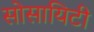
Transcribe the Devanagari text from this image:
सोसायिटी